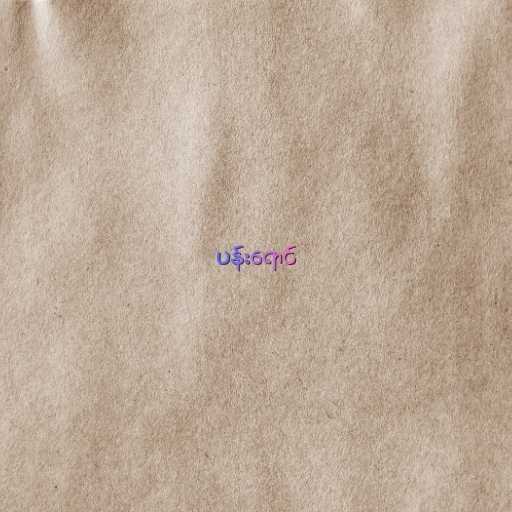
ပန်းရောင်